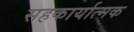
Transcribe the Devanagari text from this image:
सहकार्यात्मक